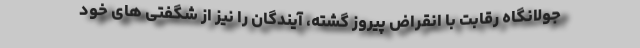
جولانگاه رقابت با انقراض پیروز گشته، آیندگان را نیز از شگفتی های خود